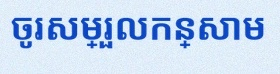
ចូរសម្រួលកន្សោម